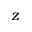
z